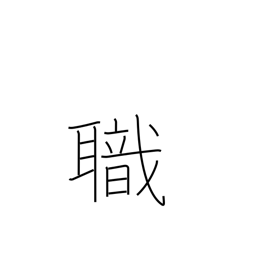
Meaning: employment